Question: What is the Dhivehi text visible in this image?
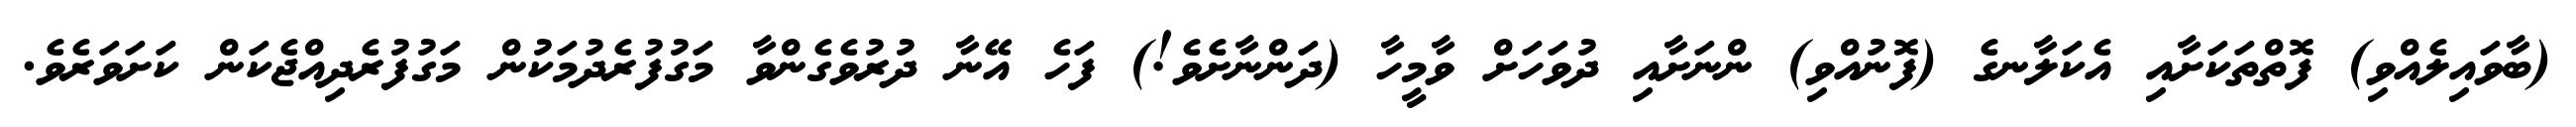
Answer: (ބާވައިލެއްވި) ފޮތްތަކަށާއި އެކަލާނގެ (ފޮނުއްވި) ންނަށާއި ދުވަހަށް ވާމީހާ (ދަންނާށެވެ!) ފަހެ އޭނާ ދުރުވެގެންވާ މަގުފުރެދުމަކުން މަގުފުރެދިއްޖެކަން ކަށަވަރެވެ.